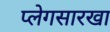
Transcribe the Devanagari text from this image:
प्लेगसारखा